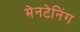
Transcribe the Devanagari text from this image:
मेनटेनिंग